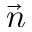
\vec { n }